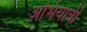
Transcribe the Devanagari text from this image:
अभियात्री